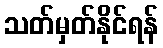
သတ်မှတ်နိုင်ရန်